Vaccination United Provinces of Agra and Oudh 1914-1922 - 1914-1922
Year: 1914
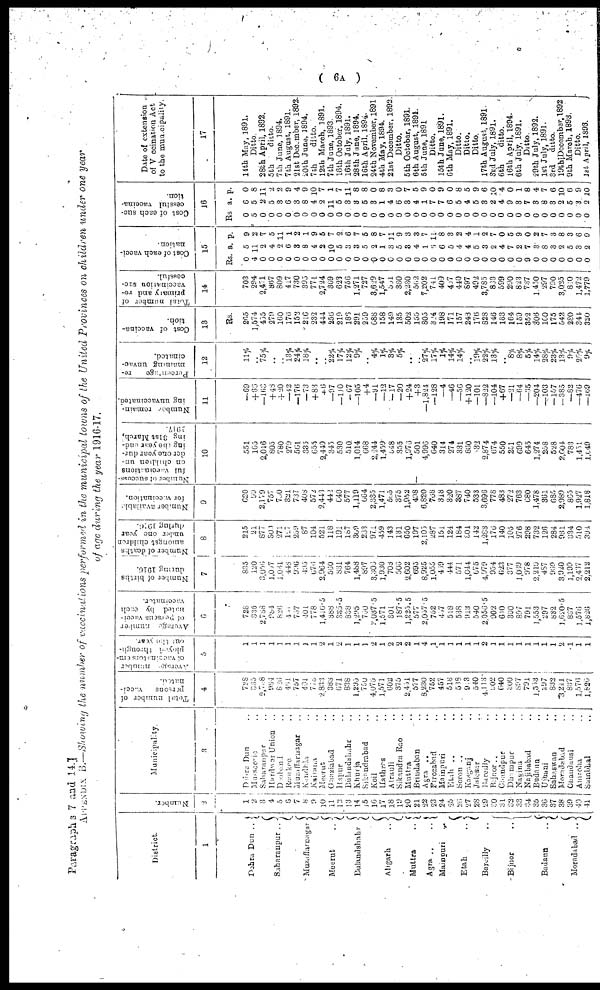
Paragraphs 7 and 14.]
( 6A )
APPENDIX B.—Showing the number of vaccinations performed in the municipal towns of the United Provinces on children under one year
of age during the year 1916-17.
District.
1
Dehra Dun ..
Saharanpur ..
Muzaffarnagar ..
Meerut
..
Bulandshahr ..
Aligarh
..
Muttra
..
Agra ..
..
Mainpuri
..
Etah
..
Bareilly ..
Bijnor ..
Badaun
..
Moradabad ..
Number.
2
1
2
3
4
5
6
7
8
9
10
11
12
13
14
15
16
17
18
19
20
21
22
23
24
25
26
27
28
29
30
31
32
33
34
35
36
37
38
39
40
41
Municipality.
3
Dehra Dun ..
Mussoorie ..
Saharanpur ..
Hardwar Union ..
Deoband ..
Roorkee ..
Muzaffarnagar ..
Kandhla ..
Kairana ..
Meerut ..
Ghaziabad ..
Hapur ..
Bulandshahr ..
Khurja ..
Sikandrabad ..
Koil ..
Hathras ..
Atrauli ..
Sikandra Rao ..
Muttra ..
Brindaban ..
Agra ..
Firozabad ..
Mainpuri ..
Etah ..
Soron ..
Kasganj ..
Jalesar ..
Bareilly ..
Bijnor ..
Chandpur ..
Dhampur ..
Nagina ..
Najibabad ..
Budaun ..
Ujhani ..
Sahaswan ..
Moradabad ..
Chandausi ..
Amroha ..
Sambhal ..
Total number of
persons
vacci-
nated.
4
728
335
2,788
984
826
461
757
401
778
2,833
388
671
838
1,295
750
4,075
1,571
602 375
2,451
577
8,230
752
457
518
538
913
540
4,113
902
640
300
897
791
1,553
297
832
3,241
837
1,576
1,826
Average
number
of vaccinators em¬
ployed through-
out the year.
5
1
1
1
1
1
1
1
1
1
2
1
2
1
1
1
2
1
2
2
2
1
4
1
1
1
1
1
1
2
1
1
1
1
1
1
1
1
2
1
1
1
Average number
of persons vacci¬
nated by each
vaccinator.
6
728
335
2,788
984
826
4 1 1
757
401
778
1,416.5
388
335.5
838
1,295
750
2,037.5
1,571
301
187.5
1,225.5
577
2,057.5
752
457
518
538
913
540
2,056.5
902
610
300
897
791
1,553
297
832
1,620.5
837
1,576
1,826
Number of births
during 1916.
7
835
120
3,056
1,007
1,031
448
996
495
676
2,964
500
831
764
1,488
897
3,306
1,930
708
500
2,602
695
8,925
1,055
469
444
571
1,044
675
4,979
954
623
377
1,039
978
2,210
487
969
3,920
1,199
2,437
2,212
Number of deaths
amongst children
under one year
during 1916.
8
215
21
877
300
271
127
259
87
104
521
118
191
187
369
233
971
459
143
131
650
197
2,105
287
151
124
184
304
142
1,283
176
140
105
276
298
732
126
284
931
334
510
394
N umber available
for vaccination.
9
620
99
2,179
757
700
321
737
408
572
2,443
442
640
577
1,119
664
2,335
1,471
555
375
1,952
498
6,820
708
318
320
387
740
533
3,696
778
483
272
763
680
1,478
361
685
2,989
865
1,927
1,818
Number of success-
ful vaccinations
on children un-
der one year dur-
ing the year end-
ing 3lst March,
1917.
10
551
165
2,016
805
780
279
561
335
655
2,449
345
530
510
1,014
668
2,244
1,459
548
355
l,976
501
4,996
640
314
274
331
860
32
2,874
674
550
251
699
645
1,274
258
528
2,604
783
l,451
1,049
Number
remain-
ing unvaccinated.
11
—69
+60
—163
+48
+20
—42
—176
—73
+83
+6
—97
—110
—67
—105
+4
—91
—12
—17
—20
+24
+3
—1,824
—128
—4
—46
—56
+120
—101
—822
—104
+67
—21
—64
—35
—204
—103
—157
—385
—82
—476
—169
Percentage
re-
maining unvac¬
cinated.
12
11%
..
75%
..
..
13%
24%
18%
..
..
22%
17%
12%
9%
4%
1%
3%
5%
..
..
27%
17%
1%
14%
14%
..
19%
22%
13%
..
8%
8%
5%
14%
28%
23%
13%
9%
25%
9%
Cost of vaccina-
tion.
13
Rs.
265
1,574
455
279
160
176
152
216
232
444
256
219
186
291
259
688
158
149
135
502
155
805
324
198
171
157
248
176
828
146
163
164
159
352
306
160
175
542
280
344
320
Total number of
primary and re¬
vaccination suc¬
cessful.
14
703
294
2,471
867
809
417
730
395
771
2,724
369
623
756
1,271
727
3,629
1,547
551
360
2,230
562
7,202
741
409
407
440
897
492
3,785
833
599
290
823
737
1,450
297
790
3,025
810
1,472
1,779
Cost of each vacci-
nation.
15
Rs
0
4
0
0
0
0
0
0
0
0
0
0
0
0
0
0
0
0
0
0
0
0
0
0
0
0
0
0
0
0
0
0
0
9
0
0
0
0
0
0
0
a.
5
11
2
4
2
6
3
8
4
2
10
5
3
3
5
2
1
3
5
3
4
1
5
6
5
4
4
5
3
2
4
7
2
7
3
8
3
2
5
3
2
9.
9
2
7
5
11
1
2
1
9
5
7
2
6
7
5
8
7
11
9
3
3
7
11
8
3
2
4
1
2
7
0
5
9
0
2
7
3
8
3
6
9
Cost of each suc-
cessful vaccina-
tion.
16
Rs
0
5
0
0
0
0
0
0
0
0
0
0
0
0
0
0
0
0
0
0
0
0
0
0
0
0
0
0
0
0
0
0
0
0
0
0
0
0
0
0
0
a.
6
5
2
5
3
6
3
8
4
2
11
5
3
3
5
3
1
4
6
3
4
1
7
7
6
5
4
5
3
2
4
9
3
7
3
8
3
2
5
3
2
p.
0
8
11
2
2
9
4
9
10
7
1
7
11
8
8
0
8
3
0
7
5
9
0
9
0
8
5
9
6
10
4
0
1
8
4
7
6
10
6
9
10
Date of extension
of Vaccination Act
to the municipality.
17
14th May, 1891.
Ditto.
28th April, 1892.
5th
ditto.
7th June, 1894.
7th August, 1891.
21st December, 1892.
20th June, 1894.
7th
ditto.
12th March, 1891.
7th June, 1893.
16th October, 1894.
16th July, 1891.
28th June, 1894.
16th April, 1894.
24th November, 1891
4th May, 1894.
21st December, 1892.
Ditto.
5th October, 1891.
6th August, 1891.
5th June, 1891
Ditto.
15th June, 1891.
6th May, 1891.
Ditto.
Ditto.
Ditto.
17th August, 1891.
3rd July, 1891.
6th
ditto.
16th April, 1894.
6th July, 1891.
Ditto.
29th July, 1892.
1st July, 1891.
3rd
ditto.
l9th December, 1892.
9th March, 1893,
Ditto.
1st April, 1893.